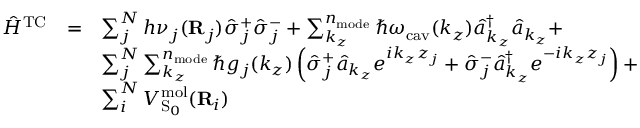
\begin{array} { c c l } { { \hat { H } } ^ { \mathrm { T C } } } & { = } & { \sum _ { j } ^ { N } h \nu _ { j } ( \mathbf R _ { j } ) \hat { \sigma } _ { j } ^ { + } \hat { \sigma } _ { j } ^ { - } + \sum _ { k _ { z } } ^ { n _ { \mathrm { m o d e } } } \hbar \omega _ { \mathrm { c a v } } ( k _ { z } ) \hat { a } _ { k _ { z } } ^ { \dagger } \hat { a } _ { k _ { z } } + } \\ & & { \sum _ { j } ^ { N } \sum _ { k _ { z } } ^ { n _ { \mathrm { m o d e } } } \hbar g _ { j } ( k _ { z } ) \left( \hat { \sigma } _ { j } ^ { + } \hat { a } _ { k _ { z } } e ^ { i k _ { z } z _ { j } } + \hat { \sigma } _ { j } ^ { - } \hat { a } _ { k _ { z } } ^ { \dagger } e ^ { - i k _ { z } z _ { j } } \right) + } \\ & & { \sum _ { i } ^ { N } V _ { \mathrm { S } _ { 0 } } ^ { \mathrm { m o l } } ( { \bf { R } } _ { i } ) } \end{array}